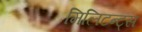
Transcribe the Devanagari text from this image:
मिलिटन्ट्स